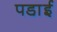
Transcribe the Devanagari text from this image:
पडा़ई